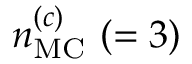
n _ { \mathrm { { M C } } } ^ { ( c ) } ~ ( = 3 )